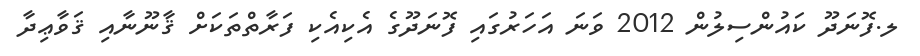
ލ.ފޮނަދޫ ކައުންސިލުން 2012 ވަނަ އަހަރުގައި ފޮނަދޫގެ އެކިއެކި ފަރާތްތަކަށް ޤާނޫނާއި ޤަވާޢިދާ